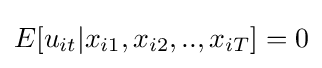
E[u_{it}|x_{i1},x_{i2},..,x_{iT}]=0